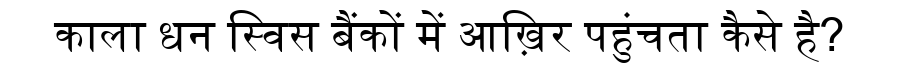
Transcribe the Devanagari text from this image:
काला धन स्विस बैंकों में आख़िर पहुंचता कैसे है?